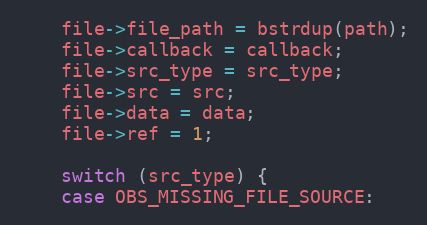
Language: C
	file->file_path = bstrdup(path);
	file->callback = callback;
	file->src_type = src_type;
	file->src = src;
	file->data = data;
	file->ref = 1;

	switch (src_type) {
	case OBS_MISSING_FILE_SOURCE: